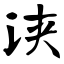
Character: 浃